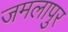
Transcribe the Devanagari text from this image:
जमलापुर